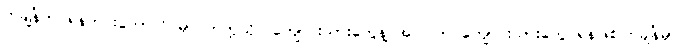
တချိန်က ရန်ကင်းကောလိပ်မှာ တက္ကသိုလ်ကျောင်းသားတွေနဲ့ အပြင်က ကျောင်းသားတွေ ရန်ဖြစ်ကြချိန်မှာ